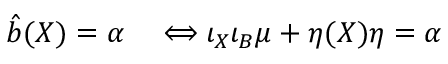
\begin{array} { r l } { \hat { b } ( X ) = \alpha } & { { } \Longleftrightarrow \iota _ { X } \iota _ { B } \mu + \eta ( X ) \eta = \alpha } \end{array}